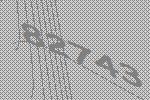
82743